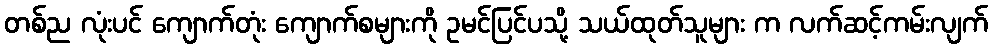
တစ်ည လုံးပင် ကျောက်တုံး ကျောက်စများကို ဥမင်ပြင်ပသို့ သယ်ထုတ်သူများ က လက်ဆင့်ကမ်းလျက်